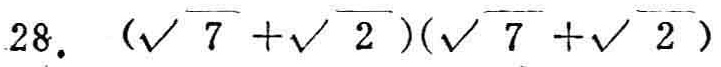
$28.(\sqrt{7}+\sqrt{2})(\sqrt{7}+\sqrt{2})$